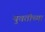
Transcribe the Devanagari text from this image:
युवतीच्या